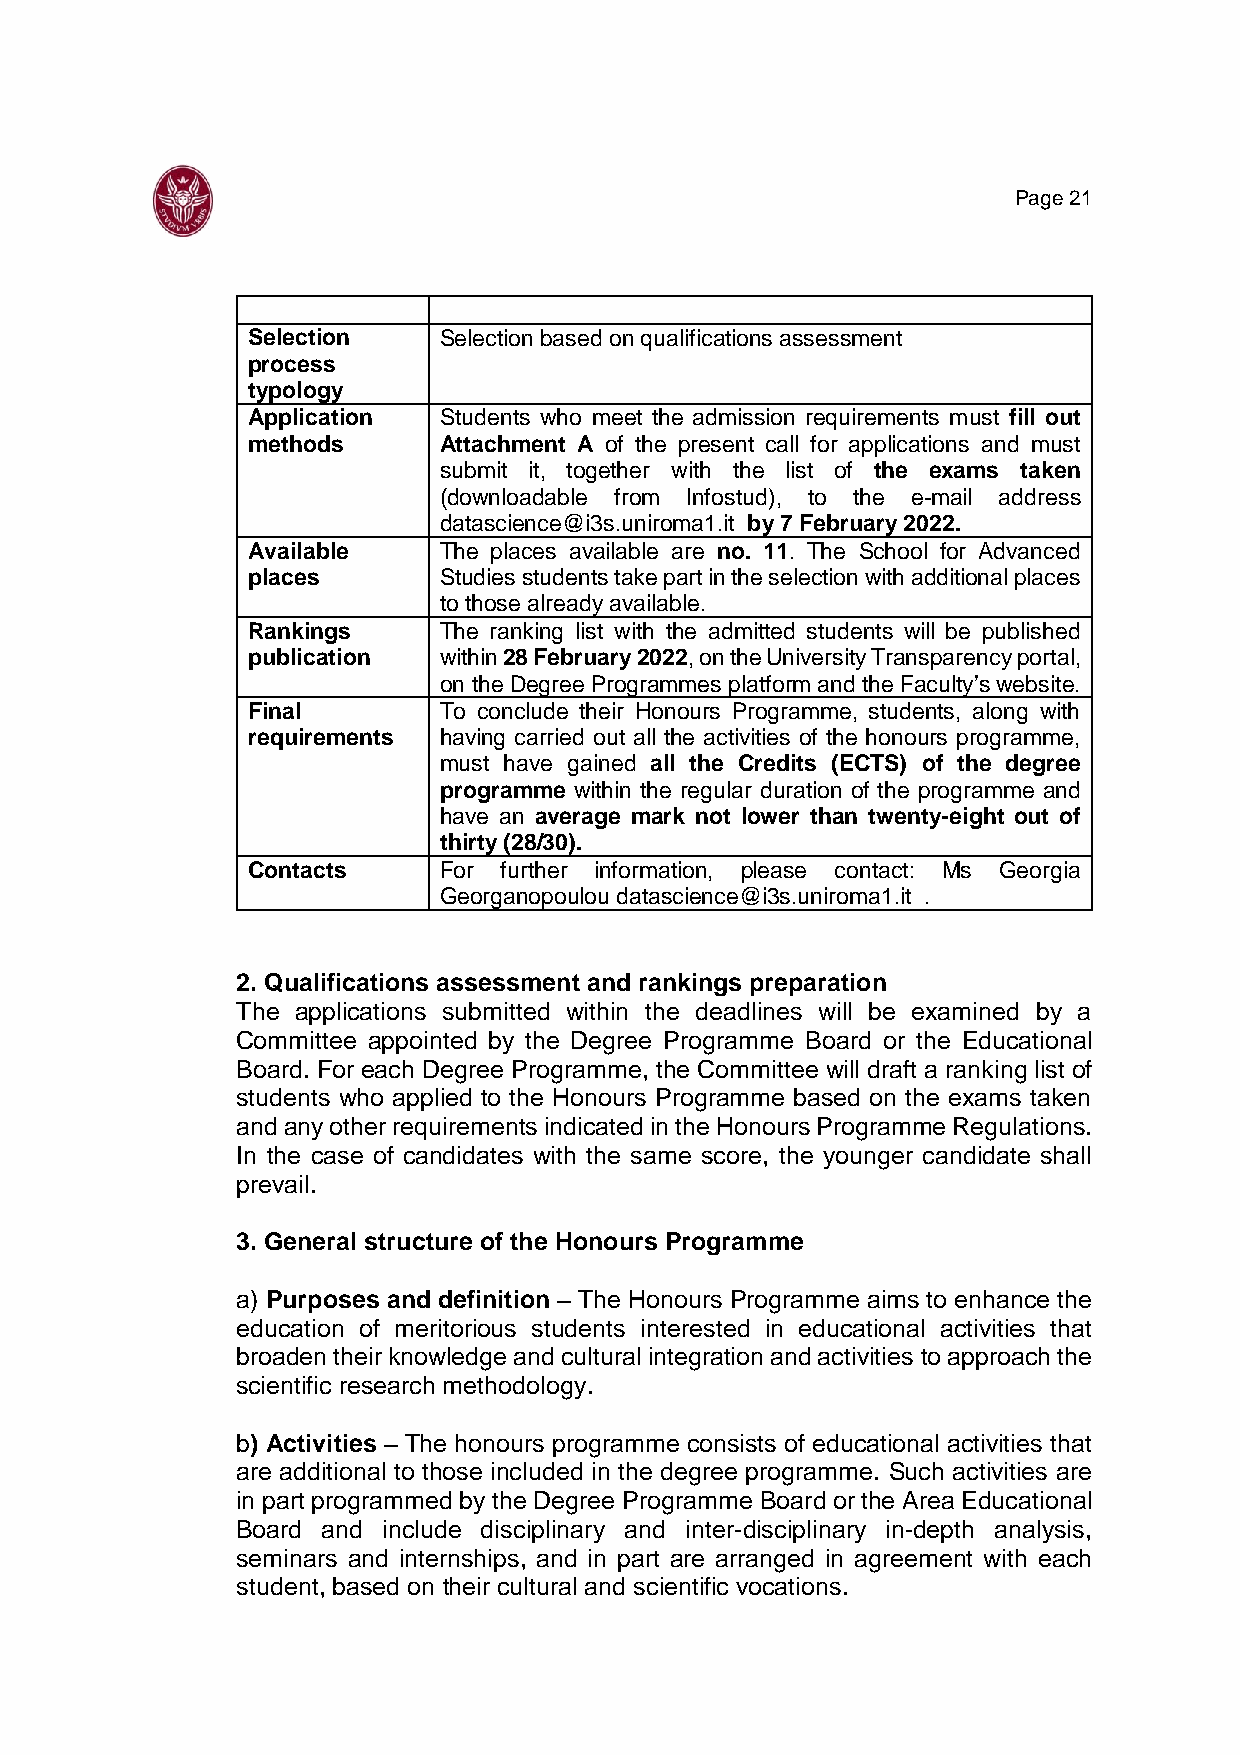
Page 21
 Selection    Selection based on qualifications assessment
 process
 typology
 Application  Students who meet the admission requirements must fill out
 methods      Attachment A of the present call for applications and must
 submit it, together with the list of the exams taken
 (downloadable from Infostud), to the e-mail address
 datascience@i3s.uniroma1.it by 7 February 2022.
 Available    The places available are no. 11. The School for Advanced
 places       Studies students take part in the selection with additional places
 to those already available.
 Rankings     The ranking list with the admitted students will be published
 publication  within 28 February 2022, on the University Transparency portal,
 on the Degree Programmes platform and the Faculty’s website.
 Final        To conclude their Honours Programme, students, along with
 requirements having carried out all the activities of the honours programme,
 must have gained all the Credits (ECTS) of the degree
 programme within the regular duration of the programme and
 have an average mark not lower than twenty-eight out of
 thirty (28/30).
 Contacts     For further information, please contact: Ms Georgia
 Georganopoulou datascience@i3s.uniroma1.it .
 2. Qualifications assessment and rankings preparation
 The applications submitted within the deadlines will be examined by a
 Committee appointed by the Degree Programme Board or the Educational
 Board. For each Degree Programme, the Committee will draft a ranking list of
 students who applied to the Honours Programme based on the exams taken
 and any other requirements indicated in the Honours Programme Regulations.
 In the case of candidates with the same score, the younger candidate shall
 prevail.
 3. General structure of the Honours Programme
 a) Purposes and definition – The Honours Programme aims to enhance the
 education of meritorious students interested in educational activities that
 broaden their knowledge and cultural integration and activities to approach the
 scientific research methodology.
 b) Activities – The honours programme consists of educational activities that
 are additional to those included in the degree programme. Such activities are
 in part programmed by the Degree Programme Board or the Area Educational
 Board and include disciplinary and inter-disciplinary in-depth analysis,
 seminars and internships, and in part are arranged in agreement with each
 student, based on their cultural and scientific vocations.